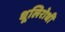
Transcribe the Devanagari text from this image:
धूलिरोधी